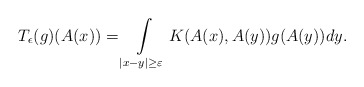
\begin{align*} T_{\epsilon}(g)(A(x))= \int\limits_{|x-y|\geq\varepsilon}K(A(x),A(y))g(A(y))dy. \end{align*}